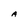
Character: A